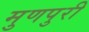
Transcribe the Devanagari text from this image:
मुणपुरी